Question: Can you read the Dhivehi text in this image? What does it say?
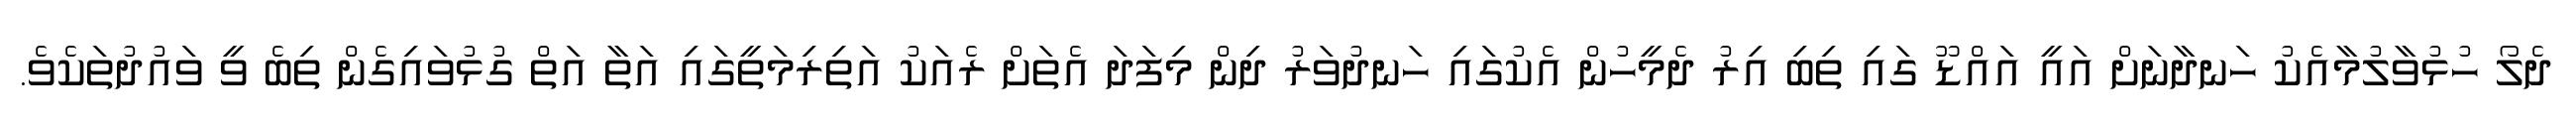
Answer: ދެލޯ ހުޅުވާލުމާއެކު ހަނދާނަށް އައީ އައްޑޫ ގައި ތިބި އިރު ދެމީހުން އެކުގައި ހަނދުވަރު ދިން މިފަދަ އެތަށް ރެއަކު އަތިރިމަތީގައި އަތާ އަތް ގުޅުވައިގެން ތިބެ ވީ ވައުދުތަކެވެ.